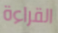
القراءة